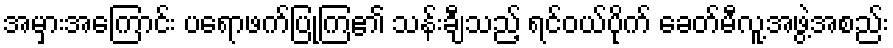
အမှားအကြောင်း ပရောဖက်ပြုကြ၏ သန်းချီသည့် ရင်ဝယ်ပိုက် ခေတ်မီလူ့အဖွဲ့အစည်း